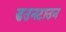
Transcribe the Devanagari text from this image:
डउनटाउन